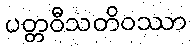
ပတ္တဝီသတိဝဿာ